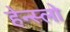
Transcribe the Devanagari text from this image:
हेन्स्लो